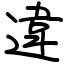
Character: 違